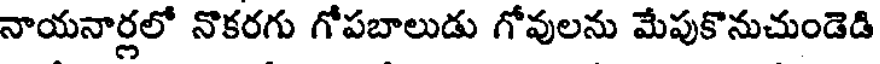
నాయనార్లలో నొకరగు గోపబాలుడు గోవులను మేపుకొనుచుండెడి